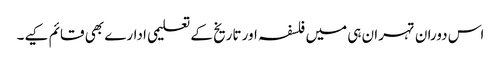
اس دوران تہران ہی میں فلسفہ اور تاریخ کے تعلیمی ادارے بھی قائم کیے۔